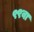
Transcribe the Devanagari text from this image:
९९वा